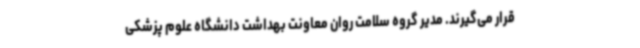
قرار می‌گیرند. مدیر گروه سلامت روان معاونت بهداشت دانشگاه علوم پزشکی